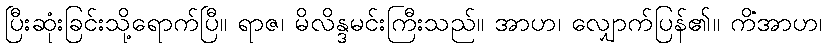
ပြီးဆုံးခြင်းသို့ရောက်ပြီ။ ရာဇ၊ မိလိန္ဒမင်းကြီးသည်။ အာဟ၊ လျှောက်ပြန်၏။ ကိံအာဟ၊